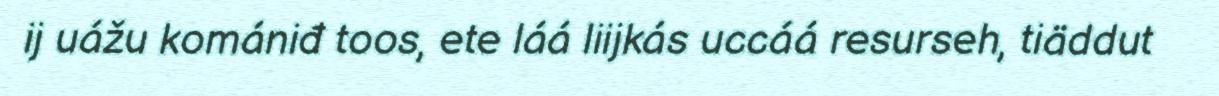
ij uážu komániđ toos, ete láá liijkás uccáá resurseh, tiäddut